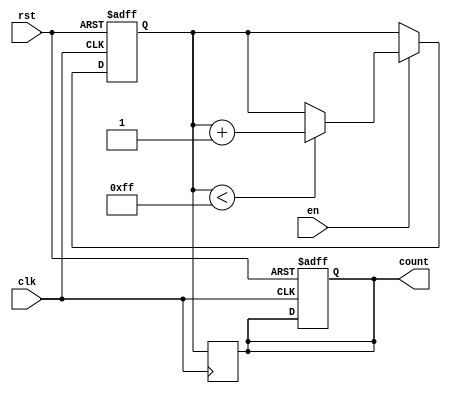
module incremental_counter #(
    parameter MAX_VAL = 255,  // Define maximum value for the counter
    parameter ADDR_WIDTH = 8   // Address width for memory block (must accommodate MAX_VAL)
)(
    input wire clk,             // Clock signal
    input wire rst,             // Asynchronous reset
    input wire en,              // Enable signal
    output reg [ADDR_WIDTH-1:0] count // Current count value
);

    // Internal memory block to store the count value
    reg [ADDR_WIDTH-1:0] memory_block;

    // Initial count value
    initial begin
        memory_block = 0;
        count = 0;
    end

    // Update count value at rising edge of clock
    always @(posedge clk or posedge rst) begin
        if (rst) begin
            // Reset the counter to zero
            memory_block <= 0;
            count <= 0;
        end else if (en) begin
            // Increment counter if enable is high and current count is less than max value
            if (memory_block < MAX_VAL) begin
                memory_block <= memory_block + 1;
            end
        end
    end

    // Output the current count value
    always @(posedge clk) begin
        count <= memory_block; // Read from memory block to output
    end

endmodule